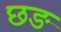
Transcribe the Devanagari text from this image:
छङ